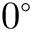
0 ^ { \circ }